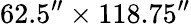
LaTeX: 62.5^{\prime\prime}\times 118.75^{\prime\prime}